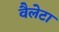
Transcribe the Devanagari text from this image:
वैलेटा